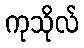
ကုသိုလ်